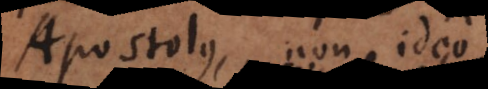
Apostolus, non ideo